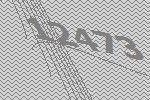
12473